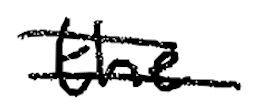
Text: the
Cross-out: double-line
Writing tool: digital_black